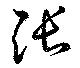
張